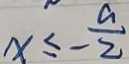
x \leq - \frac { a } { 2 }